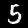
Digit: 5